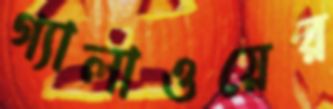
গ্যালাওয়ের